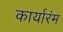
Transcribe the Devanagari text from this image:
कार्यारंम